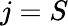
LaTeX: j=S